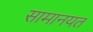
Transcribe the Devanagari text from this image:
सामानयत